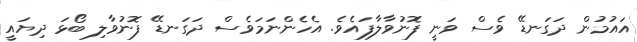
އައުމުން ދަގަނޑޭ ވެސް ވަނީ ފޮނުވާލާފައެވެ. އެހެންނަމަވެސް ދަގަނޑޭ ފޮނުވާލި ބޯޅަ ދިޔައީ